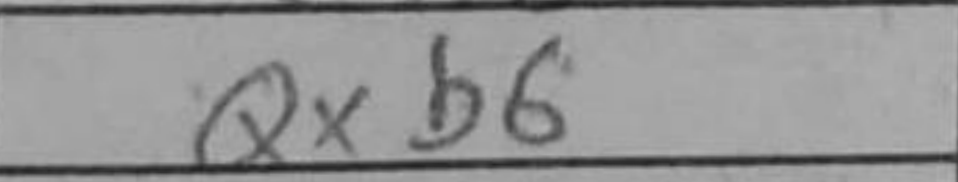
Transcription: Qxb6